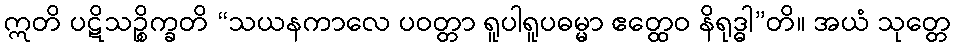
ဣတိ ပဋိသဉ္စိက္ခတိ “သယနကာလေ ပဝတ္တာ ရူပါရူပဓမ္မာ ဧတ္ထေဝ နိရုဒ္ဓါ”တိ။ အယံ သုတ္တေ